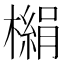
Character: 㯞